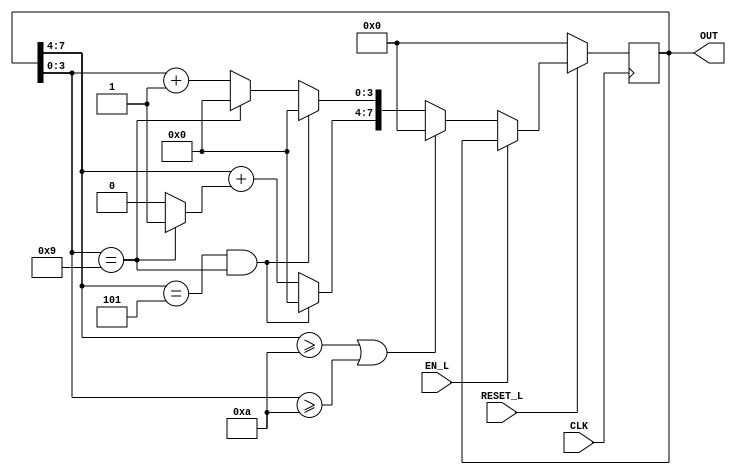
/// <author>Li Yancheng 1900012766</author>
/// <description>BCD60 counter.</description>
/// <dependency></dependency>
/// <version>
/// 0.0.1 (2021-5-13 22:23:02): First commit.
/// </version>

`timescale 1ns / 1ps

module bcd60_counter_t(
    output reg [7:0] OUT, // Direct output encoding.
    input CLK,
    input RESET_L,
    input EN_L);

    parameter n_system = 60; // < 100
    parameter [3:0] _digit_0 = (n_system - 1) % 10;
    parameter [3:0] _digit_1 = (n_system - 1) / 10;
    parameter _n_digit = 2; // Internal now.

    reg [7:0] next;

    reg i, j, k;

    always @(posedge CLK) begin
        if (~RESET_L)
            OUT <= 0;
        else
            OUT <= next;
    end

    always @(EN_L, OUT) begin
        if (~EN_L) begin
            if (OUT[7:4] >= 10 || OUT[3:0] >= 10)
                next = 0;
            else if (OUT[7:4] == _digit_1[3:0] && OUT[3:0] == _digit_0[3:0])
                next = 0;
            else begin
                next[7:4] = OUT[7:4] + (OUT[3:0] == 4'd9 ? 1 : 0);
                next[3:0] = OUT[3:0] == 4'd9 ? 0 : OUT[3:0] + 4'd1;
            end
        end
        else
            next = OUT;
    end
endmodule